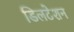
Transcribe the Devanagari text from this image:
डिलटेशन